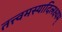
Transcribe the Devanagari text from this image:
तत्त्वमस्यादिलक्ष्यम्